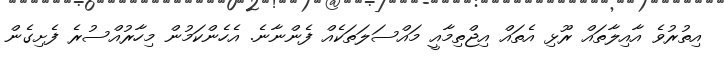
އިތުރުވެ އާއިލާތައް ރޫޅި އެތައް އިޖްތިމާއީ މައްސަލަތަކެއް ފެންނާނެ. އެހެންކަމުން މިހާރުއްސުރެ ފެށިގެން